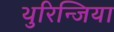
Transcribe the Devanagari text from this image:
थुरिन्जिया